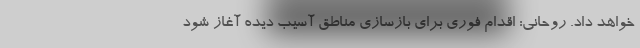
خواهد داد. روحانی: اقدام فوری برای بازسازی مناطق آسیب دیده آغاز شود